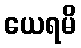
ယေရမိ